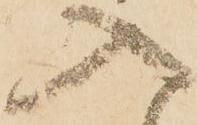
入